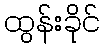
ထွန်းခိုင်